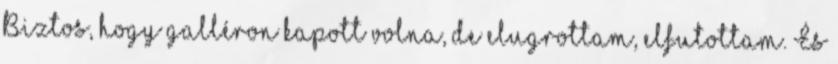
Biztos, hogy galléron kapott volna, de elugrottam, elfutottam. És